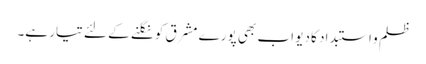
ظلم و استبداد کا دیو اب بھی پورے مشرق کو نگلنے کے لئے تیار ہے۔